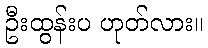
ဦးထွန်းပ ဟုတ်လား။